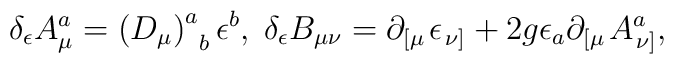
\delta _\epsilon A_\mu ^a=\left( D_\mu \right) _{\;\;b}^a\epsilon^b,\;\delta _\epsilon B_{\mu \nu }=\partial _{\left[ \mu \right. }\epsilon_{\left. \nu \right] }+2g\epsilon _a\partial _{\left[ \mu \right. }A_{\left.\nu \right] }^a,